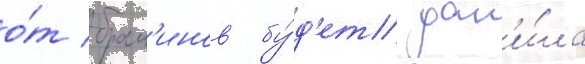
о́т брам'инов бу́д'ет дан'и́ла